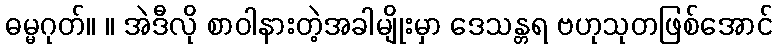
ဓမ္မဂုတ်။ ။ အဲဒီလို စာဝါနားတဲ့အခါမျိုးမှာ ဒေသန္တရ ဗဟုသုတဖြစ်အောင်